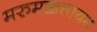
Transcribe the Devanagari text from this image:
मरुमक्कत्तायम